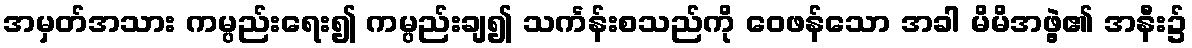
အမှတ်အသား ကမ္ပည်းရေး၍ ကမ္ပည်းချ၍ သင်္ကန်းစသည်ကို ဝေဖန်သော အခါ မိမိအဖွဲ့၏ အနီး၌